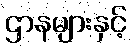
ဌာနများနှင့်